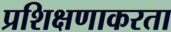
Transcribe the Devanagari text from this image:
प्रशिक्षणाकरता